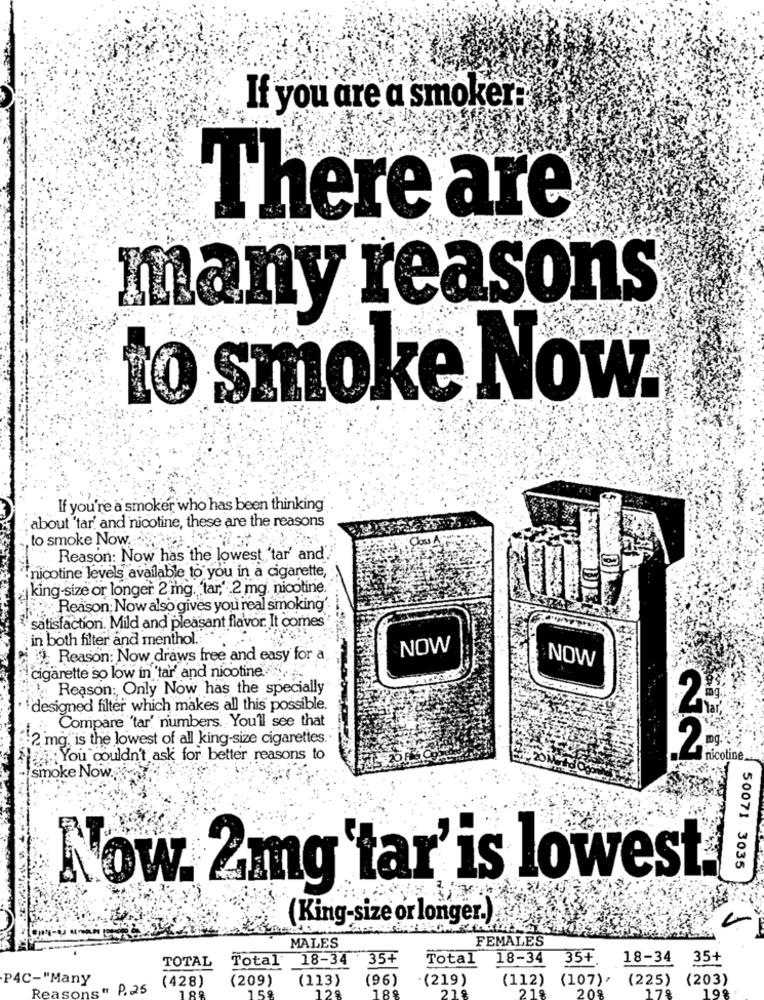
If you are a smoker.
There are
many reasons
to smoke Now
If you're a smoker who has been thinking
about 'tar' and nicotine, these are the reasons
to smoke Now
Closs A
Reason: Now has the lowest 'tar' and'
'nicotine levels available to you in a cigarette,
¿ king-size or longer 2 mg. 'tar,' 2 mg. nicotine.
:Reason; Now also gives you real smoking'
satisfaction. Mild and pleasant flavor. It comes"
in both filter and menthol.
NOW
Reason: Now draws free and easy for a
NOW
cigarette so low in 'tar' and nicotine. ..
Reason: Only Now has the specially
designed filter which makes all this possible.
2
Compare 'tar' numbers. You'll see that
:2 mg, is the lowest of all king-size cigarettes ..
2:
You couldn't ask for better reasons to
nicotine
smoke Now ..
50071 3035
Now. 2mg'tar'is lowest
(King-size or longer.)
FEMALES
MALES
TOTAL
Total 18-34 35+
Total
18-34
35+
18-34
35+
P4C-"Many
(209)
(113)
(96)
(219)
(112)
(107) (225) (203)
Reasons " P. 25
(428)
218
205
175
199
189